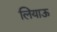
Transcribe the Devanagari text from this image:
लियाऊ